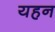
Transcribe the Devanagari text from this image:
यहन